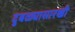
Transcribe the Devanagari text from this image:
दुबळ्यासारखी